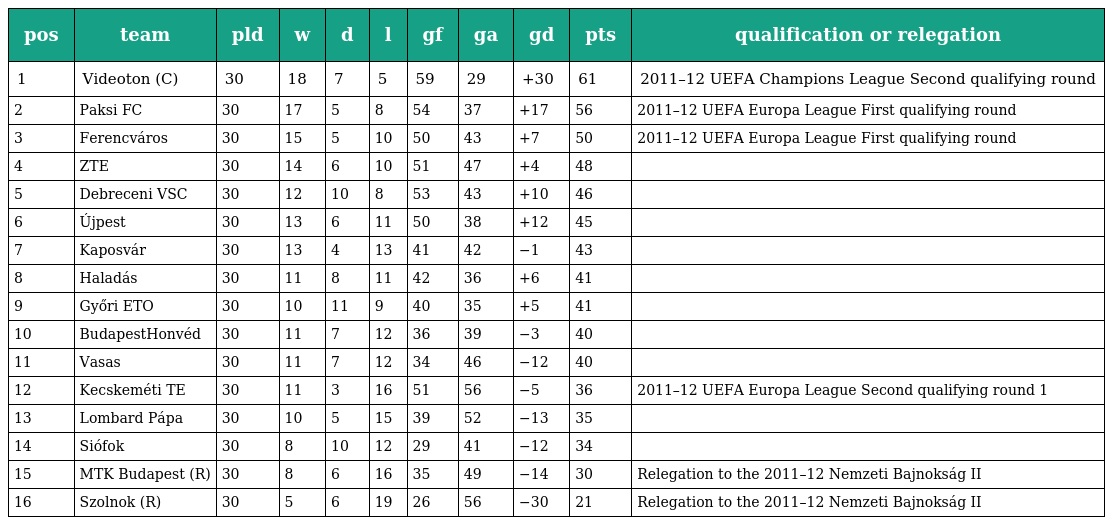
| pos | team | pld | w | d | l | gf | ga | gd | pts | qualification or relegation |
 | --- | --- | --- | --- | --- | --- | --- | --- | --- | --- | --- |
 | 1 | Videoton (C) | 30 | 18 | 7 | 5 | 59 | 29 | +30 | 61 | 2011–12 UEFA Champions League Second qualifying round |
 | 2 | Paksi FC | 30 | 17 | 5 | 8 | 54 | 37 | +17 | 56 | 2011–12 UEFA Europa League First qualifying round |
 | 3 | Ferencváros | 30 | 15 | 5 | 10 | 50 | 43 | +7 | 50 | 2011–12 UEFA Europa League First qualifying round |
 | 4 | ZTE | 30 | 14 | 6 | 10 | 51 | 47 | +4 | 48 |  |
 | 5 | Debreceni VSC | 30 | 12 | 10 | 8 | 53 | 43 | +10 | 46 |  |
 | 6 | Újpest | 30 | 13 | 6 | 11 | 50 | 38 | +12 | 45 |  |
 | 7 | Kaposvár | 30 | 13 | 4 | 13 | 41 | 42 | −1 | 43 |  |
 | 8 | Haladás | 30 | 11 | 8 | 11 | 42 | 36 | +6 | 41 |  |
 | 9 | Győri ETO | 30 | 10 | 11 | 9 | 40 | 35 | +5 | 41 |  |
 | 10 | BudapestHonvéd | 30 | 11 | 7 | 12 | 36 | 39 | −3 | 40 |  |
 | 11 | Vasas | 30 | 11 | 7 | 12 | 34 | 46 | −12 | 40 |  |
 | 12 | Kecskeméti TE | 30 | 11 | 3 | 16 | 51 | 56 | −5 | 36 | 2011–12 UEFA Europa League Second qualifying round 1 |
 | 13 | Lombard Pápa | 30 | 10 | 5 | 15 | 39 | 52 | −13 | 35 |  |
 | 14 | Siófok | 30 | 8 | 10 | 12 | 29 | 41 | −12 | 34 |  |
 | 15 | MTK Budapest (R) | 30 | 8 | 6 | 16 | 35 | 49 | −14 | 30 | Relegation to the 2011–12 Nemzeti Bajnokság II |
 | 16 | Szolnok (R) | 30 | 5 | 6 | 19 | 26 | 56 | −30 | 21 | Relegation to the 2011–12 Nemzeti Bajnokság II |